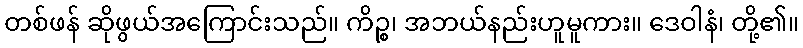
တစ်ဖန် ဆိုဖွယ်အကြောင်းသည်။ ကိဉ္စ၊ အဘယ်နည်းဟူမူကား။ ဒေဝါနံ၊ တို့၏။